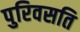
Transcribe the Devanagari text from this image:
पुरिवसति